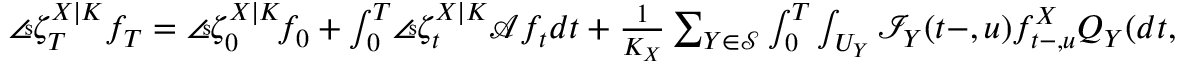
\begin{array} { r } { \angles { \zeta _ { T } ^ { X | K } } { f _ { T } } = \angles { \zeta _ { 0 } ^ { X | K } \! } { f _ { 0 } } + \int _ { 0 } ^ { T } \! \angles { \zeta _ { t } ^ { X | K } } { \mathcal { A } f _ { t } } d t + \frac { 1 } { K _ { X } } \sum _ { Y \in \mathcal { S } } \int _ { 0 } ^ { T } \int _ { U _ { Y } } \mathcal { I } _ { Y } ( t - , u ) f _ { t - , u } ^ { X } Q _ { Y } ( d t , d u ) . } \end{array}